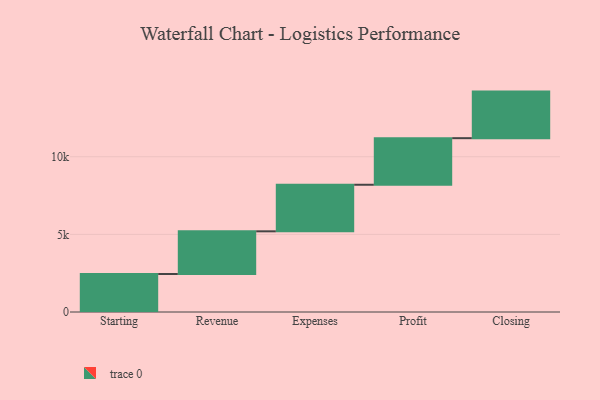
{"axis": {"x": "Step", "y": "Value"}, "legend": [""], "data": [{"x": "Starting", "y": 2447.0, "type": ""}, {"x": "Revenue", "y": 2750.0, "type": ""}, {"x": "Expenses", "y": 3000, "type": ""}, {"x": "Profit", "y": 3000, "type": ""}, {"x": "Closing", "y": 3000, "type": ""}]}